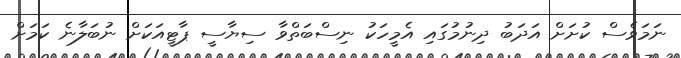
ނަމަވެސް ކުށަށް އަދަބު ދިނުމުގައި އެމީހަކު ނިސްބަތްވާ ސިޔާސީ ޕާޓީއަކަށް ނުބަލާނެ ކަމަށް